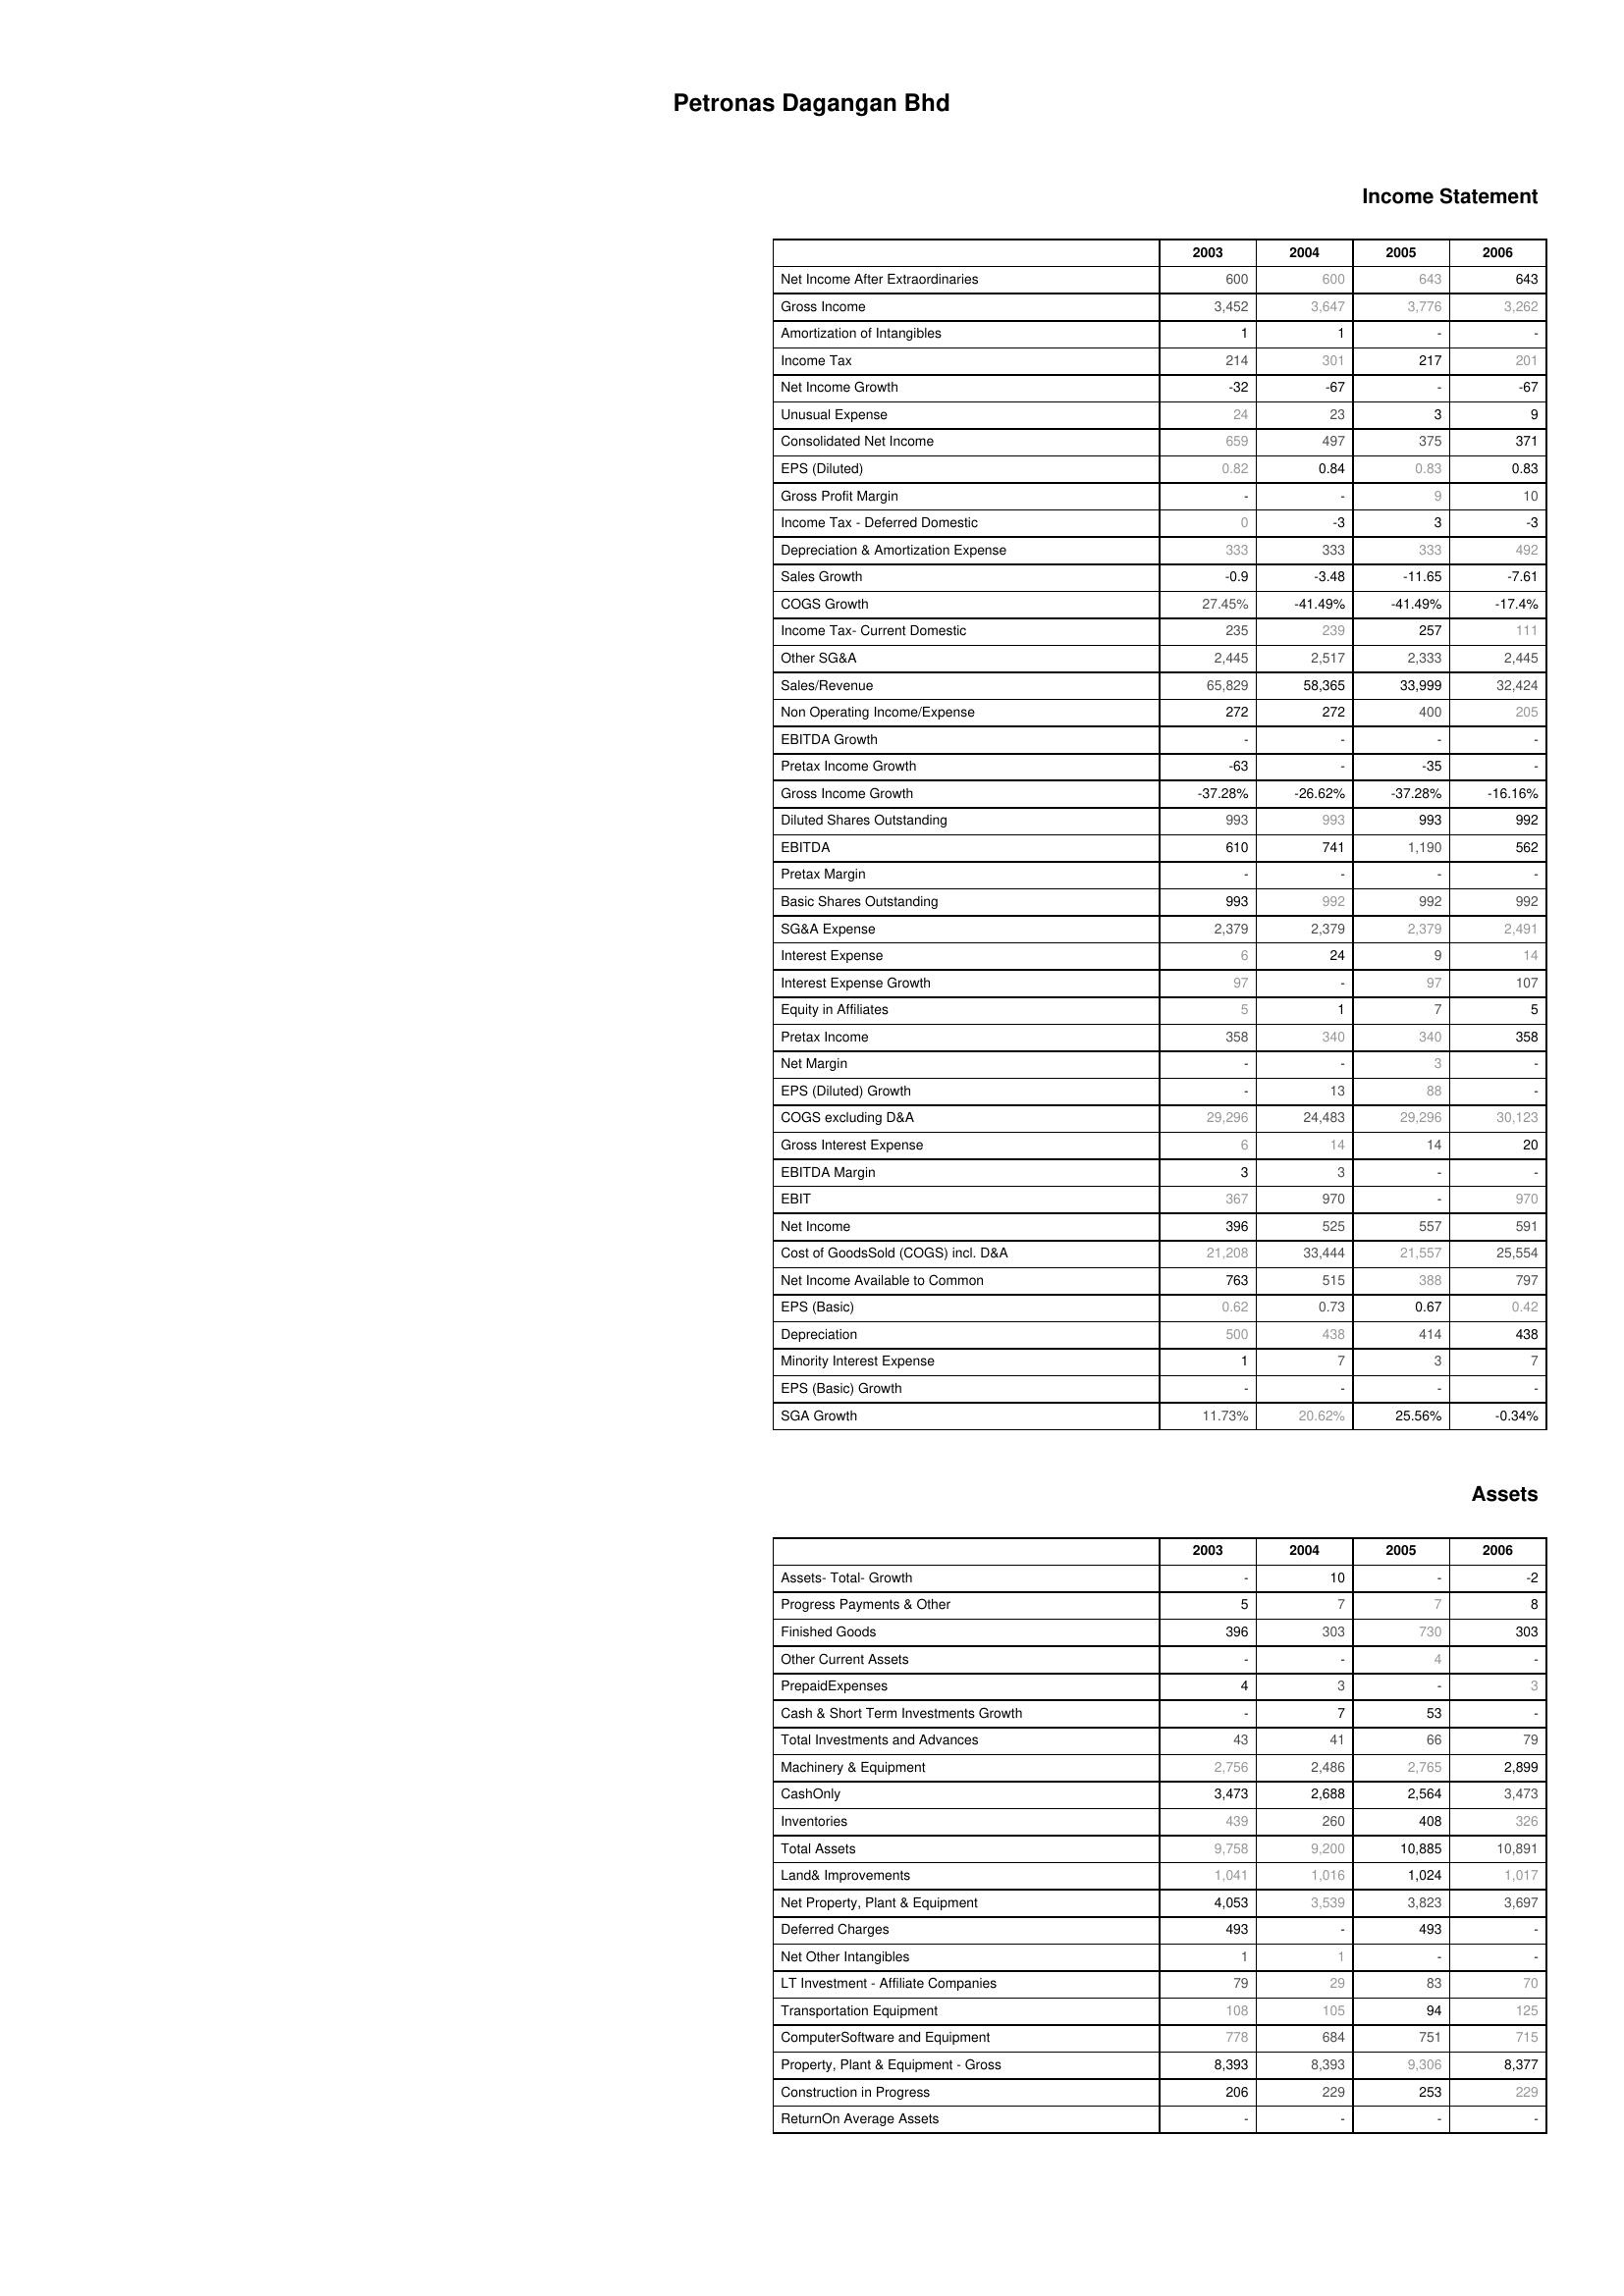
2003: Income Statement: Net Income After Extraordinaries: 600
Gross Income: 3,452
Amortization of Intangibles: 1
Income Tax: 214
Net Income Growth: -32
Unusual Expense: 24
Consolidated Net Income: 659
EPS (Diluted): 0.82
Gross Profit Margin: -
Income Tax - Deferred Domestic: 0
Depreciation & Amortization Expense: 333
Sales Growth: -0.9
COGS Growth: 27.45%
Income Tax- Current Domestic: 235
Other SG&A: 2,445
Sales/Revenue: 65,829
Non Operating Income/Expense: 272
EBITDA Growth: -
Pretax Income Growth: -63
Gross Income Growth: -37.28%
Diluted Shares Outstanding: 993
EBITDA: 610
Pretax Margin: -
Basic Shares Outstanding: 993
SG&A Expense: 2,379
Interest Expense: 6
Interest Expense Growth: 97
Equity in Affiliates: 5
Pretax Income: 358
Net Margin: -
EPS (Diluted) Growth: -
COGS excluding D&A: 29,296
Gross Interest Expense: 6
EBITDA Margin: 3
EBIT: 367
Net Income: 396
Cost of GoodsSold (COGS) incl. D&A: 21,208
Net Income Available to Common: 763
EPS (Basic): 0.62
Depreciation: 500
Minority Interest Expense: 1
EPS (Basic) Growth: -
SGA Growth: 11.73%
Assets: Assets- Total- Growth: -
Progress Payments & Other: 5
Finished Goods: 396
Other Current Assets: -
PrepaidExpenses: 4
Cash & Short Term Investments Growth: -
Total Investments and Advances: 43
Machinery & Equipment: 2,756
CashOnly: 3,473
Inventories: 439
Total Assets: 9,758
Land& Improvements: 1,041
Net Property, Plant & Equipment: 4,053
Deferred Charges: 493
Net Other Intangibles: 1
LT Investment - Affiliate Companies: 79
Transportation Equipment: 108
ComputerSoftware and Equipment: 778
Property, Plant & Equipment - Gross : 8,393
Construction in Progress: 206
ReturnOn Average Assets: -
2004: Income Statement: Net Income After Extraordinaries: 600
Gross Income: 3,647
Amortization of Intangibles: 1
Income Tax: 301
Net Income Growth: -67
Unusual Expense: 23
Consolidated Net Income: 497
EPS (Diluted): 0.84
Gross Profit Margin: -
Income Tax - Deferred Domestic: -3
Depreciation & Amortization Expense: 333
Sales Growth: -3.48
COGS Growth: -41.49%
Income Tax- Current Domestic: 239
Other SG&A: 2,517
Sales/Revenue: 58,365
Non Operating Income/Expense: 272
EBITDA Growth: -
Pretax Income Growth: -
Gross Income Growth: -26.62%
Diluted Shares Outstanding: 993
EBITDA: 741
Pretax Margin: -
Basic Shares Outstanding: 992
SG&A Expense: 2,379
Interest Expense: 24
Interest Expense Growth: -
Equity in Affiliates: 1
Pretax Income: 340
Net Margin: -
EPS (Diluted) Growth: 13
COGS excluding D&A: 24,483
Gross Interest Expense: 14
EBITDA Margin: 3
EBIT: 970
Net Income: 525
Cost of GoodsSold (COGS) incl. D&A: 33,444
Net Income Available to Common: 515
EPS (Basic): 0.73
Depreciation: 438
Minority Interest Expense: 7
EPS (Basic) Growth: -
SGA Growth: 20.62%
Assets: Assets- Total- Growth: 10
Progress Payments & Other: 7
Finished Goods: 303
Other Current Assets: -
PrepaidExpenses: 3
Cash & Short Term Investments Growth: 7
Total Investments and Advances: 41
Machinery & Equipment: 2,486
CashOnly: 2,688
Inventories: 260
Total Assets: 9,200
Land& Improvements: 1,016
Net Property, Plant & Equipment: 3,539
Deferred Charges: -
Net Other Intangibles: 1
LT Investment - Affiliate Companies: 29
Transportation Equipment: 105
ComputerSoftware and Equipment: 684
Property, Plant & Equipment - Gross : 8,393
Construction in Progress: 229
ReturnOn Average Assets: -
2005: Income Statement: Net Income After Extraordinaries: 643
Gross Income: 3,776
Amortization of Intangibles: -
Income Tax: 217
Net Income Growth: -
Unusual Expense: 3
Consolidated Net Income: 375
EPS (Diluted): 0.83
Gross Profit Margin: 9
Income Tax - Deferred Domestic: 3
Depreciation & Amortization Expense: 333
Sales Growth: -11.65
COGS Growth: -41.49%
Income Tax- Current Domestic: 257
Other SG&A: 2,333
Sales/Revenue: 33,999
Non Operating Income/Expense: 400
EBITDA Growth: -
Pretax Income Growth: -35
Gross Income Growth: -37.28%
Diluted Shares Outstanding: 993
EBITDA: 1,190
Pretax Margin: -
Basic Shares Outstanding: 992
SG&A Expense: 2,379
Interest Expense: 9
Interest Expense Growth: 97
Equity in Affiliates: 7
Pretax Income: 340
Net Margin: 3
EPS (Diluted) Growth: 88
COGS excluding D&A: 29,296
Gross Interest Expense: 14
EBITDA Margin: -
EBIT: -
Net Income: 557
Cost of GoodsSold (COGS) incl. D&A: 21,557
Net Income Available to Common: 388
EPS (Basic): 0.67
Depreciation: 414
Minority Interest Expense: 3
EPS (Basic) Growth: -
SGA Growth: 25.56%
Assets: Assets- Total- Growth: -
Progress Payments & Other: 7
Finished Goods: 730
Other Current Assets: 4
PrepaidExpenses: -
Cash & Short Term Investments Growth: 53
Total Investments and Advances: 66
Machinery & Equipment: 2,765
CashOnly: 2,564
Inventories: 408
Total Assets: 10,885
Land& Improvements: 1,024
Net Property, Plant & Equipment: 3,823
Deferred Charges: 493
Net Other Intangibles: -
LT Investment - Affiliate Companies: 83
Transportation Equipment: 94
ComputerSoftware and Equipment: 751
Property, Plant & Equipment - Gross : 9,306
Construction in Progress: 253
ReturnOn Average Assets: -
2006: Income Statement: Net Income After Extraordinaries: 643
Gross Income: 3,262
Amortization of Intangibles: -
Income Tax: 201
Net Income Growth: -67
Unusual Expense: 9
Consolidated Net Income: 371
EPS (Diluted): 0.83
Gross Profit Margin: 10
Income Tax - Deferred Domestic: -3
Depreciation & Amortization Expense: 492
Sales Growth: -7.61
COGS Growth: -17.4%
Income Tax- Current Domestic: 111
Other SG&A: 2,445
Sales/Revenue: 32,424
Non Operating Income/Expense: 205
EBITDA Growth: -
Pretax Income Growth: -
Gross Income Growth: -16.16%
Diluted Shares Outstanding: 992
EBITDA: 562
Pretax Margin: -
Basic Shares Outstanding: 992
SG&A Expense: 2,491
Interest Expense: 14
Interest Expense Growth: 107
Equity in Affiliates: 5
Pretax Income: 358
Net Margin: -
EPS (Diluted) Growth: -
COGS excluding D&A: 30,123
Gross Interest Expense: 20
EBITDA Margin: -
EBIT: 970
Net Income: 591
Cost of GoodsSold (COGS) incl. D&A: 25,554
Net Income Available to Common: 797
EPS (Basic): 0.42
Depreciation: 438
Minority Interest Expense: 7
EPS (Basic) Growth: -
SGA Growth: -0.34%
Assets: Assets- Total- Growth: -2
Progress Payments & Other: 8
Finished Goods: 303
Other Current Assets: -
PrepaidExpenses: 3
Cash & Short Term Investments Growth: -
Total Investments and Advances: 79
Machinery & Equipment: 2,899
CashOnly: 3,473
Inventories: 326
Total Assets: 10,891
Land& Improvements: 1,017
Net Property, Plant & Equipment: 3,697
Deferred Charges: -
Net Other Intangibles: -
LT Investment - Affiliate Companies: 70
Transportation Equipment: 125
ComputerSoftware and Equipment: 715
Property, Plant & Equipment - Gross : 8,377
Construction in Progress: 229
ReturnOn Average Assets: -